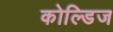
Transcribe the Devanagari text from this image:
कोल्डिज